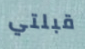
قبلتي